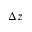
\Delta z